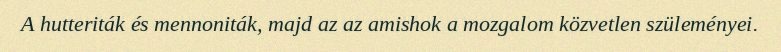
A hutteriták és mennoniták, majd az az amishok a mozgalom közvetlen szüleményei.